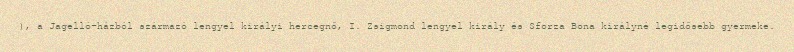
), a Jagelló-házból származó lengyel királyi hercegnő, I. Zsigmond lengyel király és Sforza Bona királyné legidősebb gyermeke.